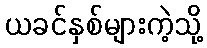
ယခင်နှစ်များကဲ့သို့